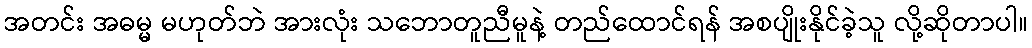
အတင်း အဓမ္မ မဟုတ်ဘဲ အားလုံး သဘောတူညီမူနဲ့ တည်ထောင်ရန် အစပျိုးနိုင်ခဲ့သူ လို့ဆိုတာပါ။